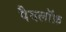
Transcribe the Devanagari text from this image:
पैवलॉफ़